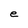
Character: e